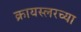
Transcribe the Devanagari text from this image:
क्रायस्लरच्या